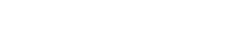
ဥပေါသထသံယုတ္တေတိ